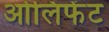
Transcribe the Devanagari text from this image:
ओलिफेंट